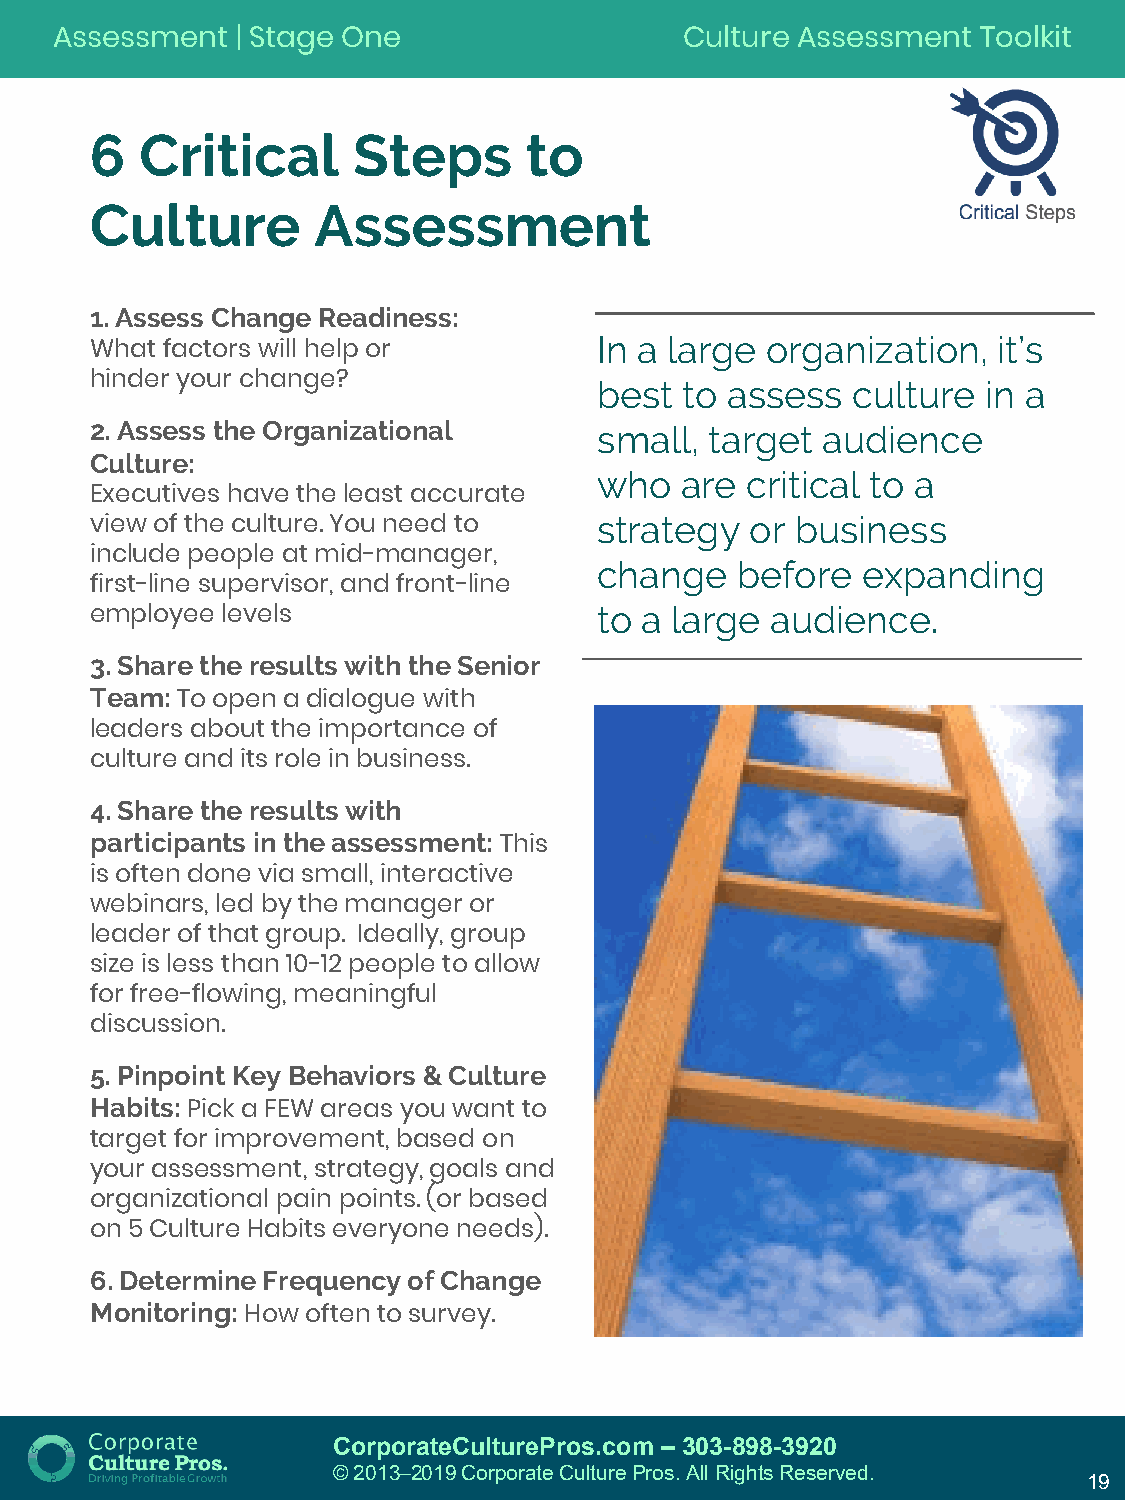
Assessment   | Stage One                  Culture Assessment  Toolkit
 6  Critical      Steps       to
 Culture        Assessment
 1. Assess Change Readiness:
 In a large organization,  it’s
 What factors will help or
 hinder your change?               best to assess  culture  in a
 2. Assess the Organizational      small, target audience
 Culture:
 who  are critical to a
 Executives have the least accurate
 strategy  or business
 view of the culture. You need to
 include people at mid-manager,
 change   before  expanding
 first-line supervisor, and front-line
 to a large audience.
 employee levels
 3. Share the results with the Senior
 Team:
 To open a dialogue with
 leaders about the importance of
 culture and its role in business.
 4. Share the results with
 participants in the assessment:
 This
 is often done via small, interactive
 webinars, led by the manager or
 leader of that group. Ideally, group
 size is less than 10-12 people to allow
 for free-flowing, meaningful
 discussion.
 5. Pinpoint Key Behaviors & Culture
 Habits:
 Pick a FEW areas you want to
 target for improvement, based on
 your assessment, strategy, goals and
 organizational pain points. (or based
 on 5 Culture Habits everyone needs).
 6. Determine Frequency of Change
 Monitoring:
 How often to survey.
 CorporateCulturePros.com – 303-898-3920
 © 2013─2019 Corporate Culture Pros. All Rights Reserved.
 19